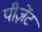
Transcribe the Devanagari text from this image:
पीज़ेंट